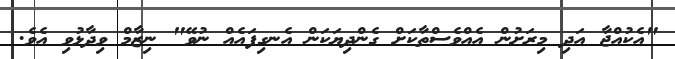
"އެކުއްޖާ އަދި މިރަށުން އެއްވެސްތާކަށް ގެންދިޔަކަން އެނގިފައެއް ނުވޭ" ނިޒާމް ވިދާޅުވި އެވެ.